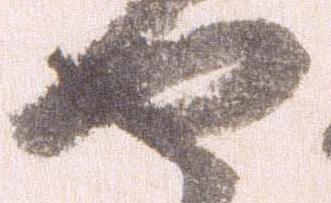
セ